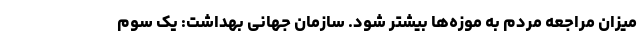
میزان مراجعه مردم به موزه‌ها بیشتر شود. سازمان جهانی بهداشت: یک سوم